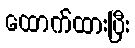
ထောက်ထားပြီး